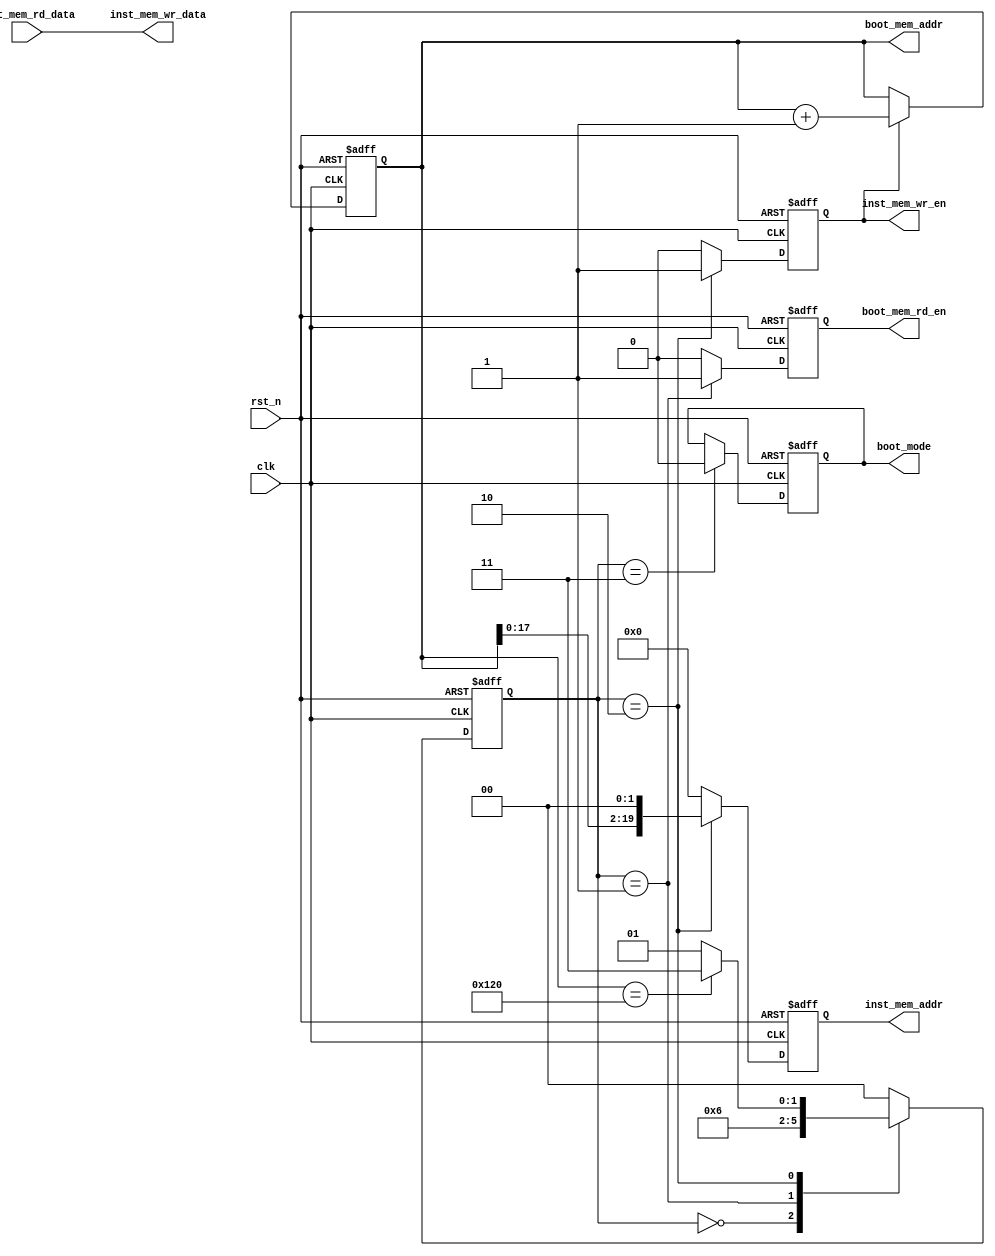
module bootloader
        #(
            parameter DATA_WIDTH = 32,
            parameter ADDR_WIDTH = 20
        )
        (/*autoport*/
            input clk,
            input rst_n,
            // boot memory ports interface
            output reg boot_mem_rd_en,
            output reg [ADDR_WIDTH-1:0] boot_mem_addr,
            input [DATA_WIDTH-1:0] boot_mem_rd_data,
            // inst memory ports interface
            output reg inst_mem_wr_en,
            output reg [DATA_WIDTH-1:0] inst_mem_wr_data,
            output reg [ADDR_WIDTH-1:0] inst_mem_addr,

            output reg boot_mode

        );
//*******************************************************
//Internal
//*******************************************************
//Local Parameters
localparam INIT_BOOT = 0,
           READ_BOOT = 1,
           WRITE_INST = 2,
           END_BOOT = 3;
localparam COUNT_WIDTH = ADDR_WIDTH;
localparam STATE_WIDTH = 2;
localparam SRAM_SIZE = 'h120;
//Wires

//Registers
reg [STATE_WIDTH-1:0]   state, 
                        next_state;

reg [COUNT_WIDTH-1:0] count;


//*******************************************************
//General Purpose Signals
//*******************************************************
always @(posedge clk or negedge rst_n) begin
    if (!rst_n) begin
        state = INIT_BOOT;
    end
    else begin
        state = next_state;
    end
end

always @(*) begin
   next_state = state;
   case (state)
      INIT_BOOT:
         next_state = READ_BOOT;
      READ_BOOT:
         next_state = WRITE_INST;
      WRITE_INST:
         if (count == SRAM_SIZE)
            next_state = END_BOOT;
         else begin
            next_state = READ_BOOT;
         end
		default next_state = INIT_BOOT;
   endcase     
end

always @(posedge clk or negedge rst_n) begin
   if (!rst_n) begin
      count <= {COUNT_WIDTH{1'b0}};
   end
   else begin
      if (inst_mem_wr_en) begin
         count <= count + 1'b1;
      end
   end
end

always @(posedge clk or negedge rst_n) begin
   if (!rst_n) begin
      boot_mode <= 1'b1;
   end
   else begin
      if (state == END_BOOT)
         boot_mode <= 1'b0;
   end
end

always @(posedge clk or negedge rst_n) begin
   if (!rst_n) begin
      boot_mem_rd_en <= 1'b0;
   end
   else begin
      if (state == READ_BOOT) begin
         boot_mem_rd_en <= 1'b1;
      end
      else begin
         boot_mem_rd_en <= 1'b0;
      end
   end
end

always @(*) begin
     boot_mem_addr = count;
     inst_mem_wr_data = boot_mem_rd_data;
end

always @(posedge clk or negedge rst_n) begin
   if (!rst_n) begin
      inst_mem_addr <= {ADDR_WIDTH{1'b0}};
      inst_mem_wr_en <= 1'b0;
   end
   else begin
      if (state == WRITE_INST) begin
         inst_mem_addr <= {count,2'b00};
         inst_mem_wr_en <= 1'b1;
      end
      else begin
         inst_mem_addr <= {ADDR_WIDTH{1'b0}};
         inst_mem_wr_en <= 1'b0;
      end
   end
end


endmodule